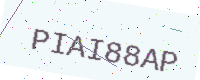
Text: PIAI88AP